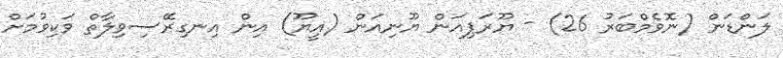
ލަންޑަން (ނޮވެމްބަރު 26) - ޔޫރަޕިއަން ޔޫނިއަން (އީޔޫ) އިން އިނގިރޭސިވިލާތް ވަކިވުމަށް